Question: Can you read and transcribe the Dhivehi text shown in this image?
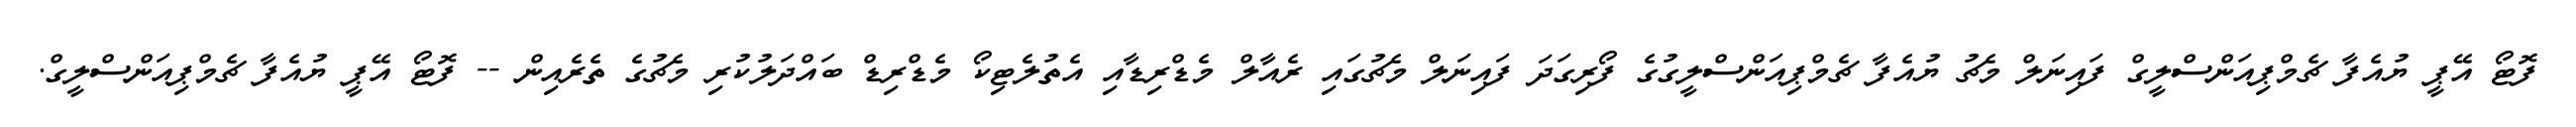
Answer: ފޮޓޯ އޭޕީ ޔުއެފާ ޗެމްޕިއަންސްލީގް ފައިނަލް މެޗު ޔުއެފާ ޗެމްޕިއަންސްލީގުގެ ފޯރިގަދަ ފައިނަލް މެޗުގައި ރެއާލް މެޑްރިޑާއި އެތުލެޓިކޯ މެޑްރިޑް ބައްދަލުކުރި މެޗުގެ ތެރެއިން -- ފޮޓޯ އޭޕީ ޔުއެފާ ޗެމްޕިއަންސްލީގް.